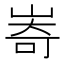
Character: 㟢